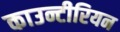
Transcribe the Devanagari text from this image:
काउन्टीरियन